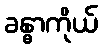
ခန္ဓာကိုယ်